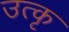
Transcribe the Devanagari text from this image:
उत्कृ